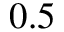
0 . 5